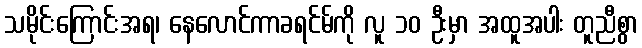
သမိုင်းကြောင်းအရ၊ နေလောင်ကာခရင်မ်ကို လူ ၁၀ ဦးမှာ အထူအပါး တူညီစွာ